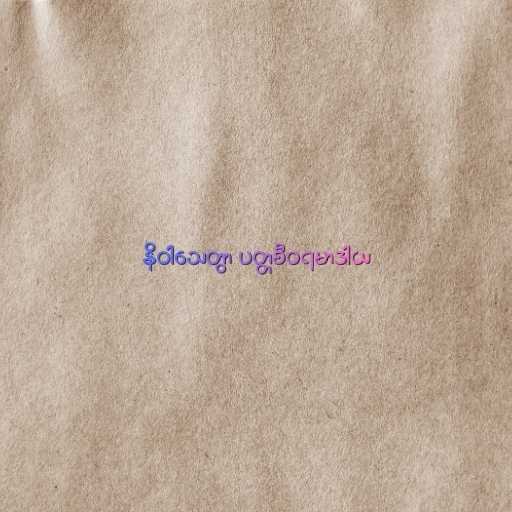
နိဝါသေတွာ ပတ္တစီဝရမာဒါယ